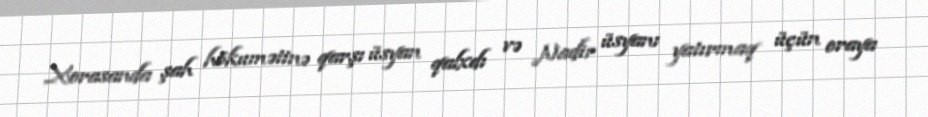
Xorasanda şah hökumətinə qarşı üsyan qalxdı və Nadir üsyanı yatırmaq üçün oraya